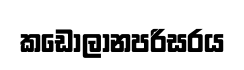
කඩොලානපරිසරය